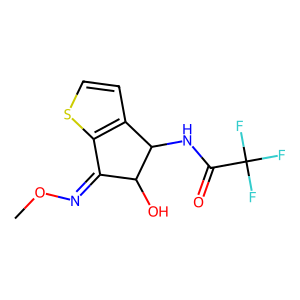
SMILES: CON=C1c2sccc2C(NC(=O)C(F)(F)F)C1O
Inhibits HIV replication: No